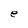
Character: e